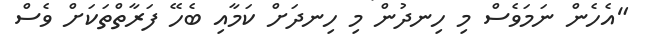
"އެހެން ނަމަވެސް މި ހިނދުން މި ހިނދަށް ކަމާއި ބެހޭ ފަރާތްތަކަށް ވެސް